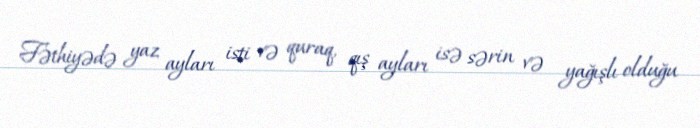
Fəthiyədə yaz ayları isti və quraq, qış ayları isə sərin və yağışlı olduğu